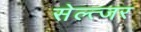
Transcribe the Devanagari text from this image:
सेल्त्जर